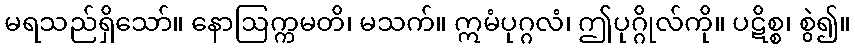
မရသည်ရှိသော်။ နောဩက္ကမတိ၊ မသက်။ ဣမံပုဂ္ဂလံ၊ ဤပုဂ္ဂိုလ်ကို။ ပဋိစ္စ၊ စွဲ၍။